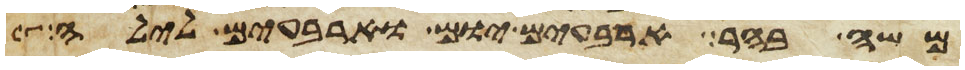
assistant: משה בהר ארבעים יום וארבעים לילה